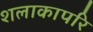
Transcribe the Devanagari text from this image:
शलाकापरि